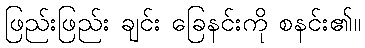
ဖြည်းဖြည်း ချင်း ခြေနင်းကို စနင်း၏။